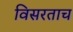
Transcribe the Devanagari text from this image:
विसरताच